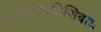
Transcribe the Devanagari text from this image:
बाजीराउजीशिवाय